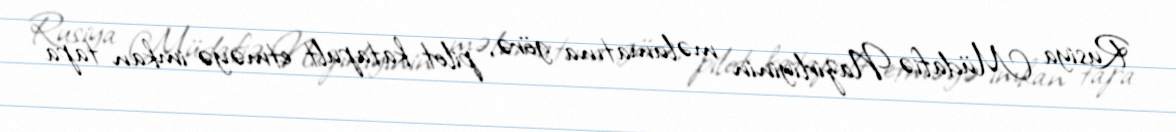
Rusiya Müdafiə Nazirliyinin məlumatına görə, pilot katapult etməyə imkan tapa